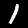
Digit: 1